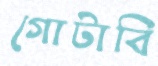
গোটাবি